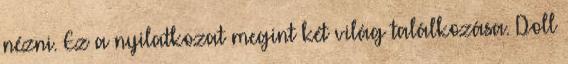
nézni. Ez a nyilatkozat megint két világ találkozása. Doll